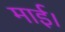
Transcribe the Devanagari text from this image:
माई।